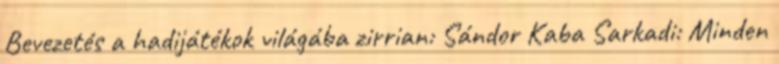
Bevezetés a hadijátékok világába zirrian: Sándor Kaba Sarkadi: Minden